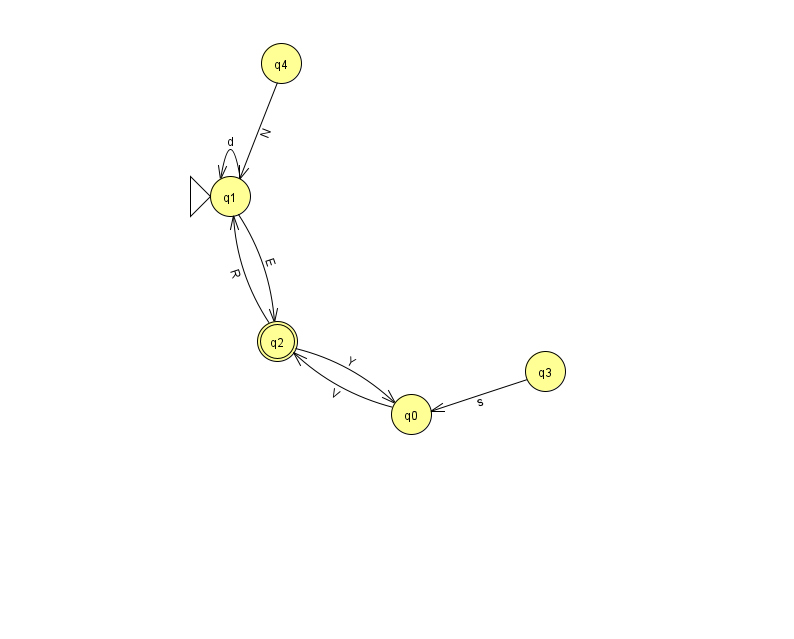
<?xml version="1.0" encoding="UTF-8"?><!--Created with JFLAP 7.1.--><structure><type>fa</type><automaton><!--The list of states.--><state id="0" name="q0"><x>411.0</x><y>401.0</y></state><state id="1" name="q1"><x>230.0</x><y>183.0</y><initial/></state><state id="2" name="q2"><x>277.0</x><y>328.0</y><final/></state><state id="3" name="q3"><x>545.0</x><y>358.0</y></state><state id="4" name="q4"><x>281.0</x><y>50.0</y></state><!--The list of transitions.--><transition><from>1</from><to>1</to><read>d</read></transition><transition><from>2</from><to>0</to><read>Y</read></transition><transition><from>3</from><to>0</to><read>s</read></transition><transition><from>4</from><to>1</to><read>N</read></transition><transition><from>1</from><to>2</to><read>E</read></transition><transition><from>0</from><to>2</to><read>V</read></transition><transition><from>2</from><to>1</to><read>R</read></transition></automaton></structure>